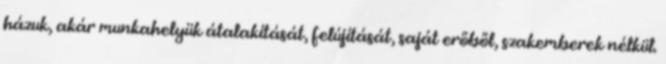
házuk, akár munkahelyük átalakítását, felújítását, saját erőből, szakemberek nélkül.